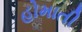
હોમાતી